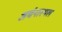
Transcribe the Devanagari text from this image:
अर्चनास्थल